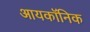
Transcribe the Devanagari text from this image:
आयकॉनिक